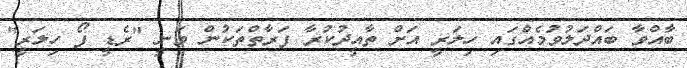
ބާއްވާ ބައްދަލުވުމެއްގައި ހިލަރީ އަށް ތާއީދުކުރާ ފަރާތްތަކުން ވަނީ "ރެޑީ ފޯ ހިލަރީ"